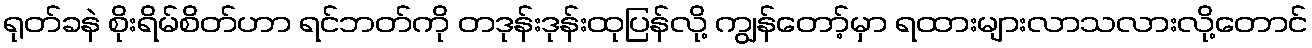
ရုတ်ခနဲ စိုးရိမ်စိတ်ဟာ ရင်ဘတ်ကို တဒုန်းဒုန်းထုပြန်လို့ ကျွန်တော့်မှာ ရထားများလာသလားလို့တောင်